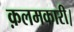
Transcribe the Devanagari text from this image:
क़लमकारी।